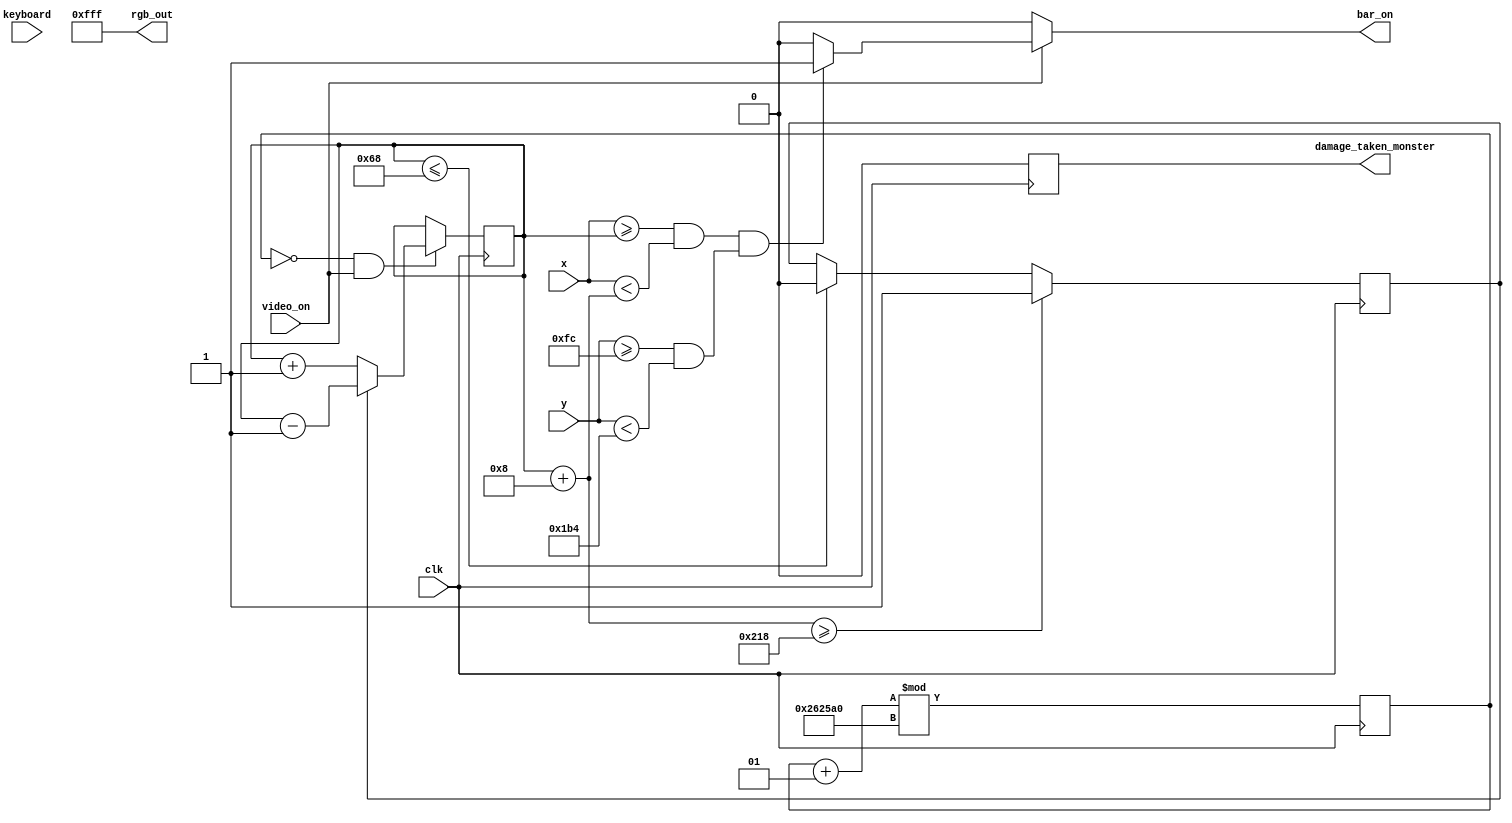
`timescale 1ns / 1ps
//////////////////////////////////////////////////////////////////////////////////
// Company: 
// Engineer: 
// 
// Design Name: 
// Module Name: bullet
// Project Name: 
// Target Devices: 
// Tool Versions: 
// Description: 
// 
// Dependencies: 
// 
// Revision:
// Revision 0.01 - File Created
// Additional Comments:
// 
//////////////////////////////////////////////////////////////////////////////////


module movable_bar(
        input wire clk,                 // input clock signal for synchronous ROMs
        input [7:0] keyboard,
        input wire video_on,            // input from vga_sync signaling when video signal is on
        input wire [9:0] x, y,
        output reg damage_taken_monster,
        output reg [11:0] rgb_out,      // output rgb signal for current pixel
        output reg bar_on            // output signal asserted when vga x/y pixel is within platform location in display area
    );
    
    wire [11:0] move_bar_data;
	
	reg [11:0] green_screen = 12'b011011011110;
	
    
	
	reg [9:0] top_left_x = 104 ;
	reg [9:0] top_left_y = 252 ;
	//integer bot_right_x = top_left_x + 32;
	
	reg [9:0] bot_right_x;
	reg [9:0] bot_right_y;
	/////////////////////
	/*
	always @ (posedge video_on) begin
	   top_left_x = 104;
	   top_left_y = 252;
	end
	*/
	///////////////////////
	always @ (*) begin
	
	bot_right_x <= top_left_x + 8;
	bot_right_y <= top_left_y + 184; // <= to y
	
	end
	reg direction =0;
	always@ (posedge clk) begin
	   direction = (bot_right_x >= 536) ? 1 :
	               (top_left_x <= 104) ? 0 :
	               direction ;
	   end
	   
	integer move = 0;
	always @ (posedge clk) begin
	       move = (move + 1) % 2500000;
	end
	
	always @ (posedge clk) begin
	   if (move == 0 && video_on) begin
	   top_left_x = (direction == 0) ? top_left_x + 1 : top_left_x - 1 ;
	   end
	end
	
	
	
	always@ (posedge clk) begin
	   damage_taken_monster =0;
	   if (video_on)begin
	       if (keyboard == 8'h20) begin
	       //////red
	           if (top_left_x >=8+104 && top_left_x <=25+104) begin
	               damage_taken_monster = 20;
	           end
	           else if (bot_right_x >=406+104 && bot_right_x <=423+104) begin
	               damage_taken_monster = 20;
	           end
	           //////////////orange
	           else if (top_left_x >=79+104 && top_left_x <=103+104) begin
	               damage_taken_monster = 40;
	           end
	           else if (bot_right_x >=328+104 && bot_right_x <=352+104) begin
	               damage_taken_monster = 40;
	           end
	           ///////////////green
	           else if (top_left_x >=195+104 && top_left_x <=236+104) begin
	               damage_taken_monster = 60;
	           end
	           ////// blue
	           else begin
	               damage_taken_monster =10;
	           end
	           
	       end
	   end
	end
	
    always @*
		begin
		bar_on = 0;

		rgb_out = 12'b111111111111;
		
		if(video_on)begin
		      if ((x>=top_left_x && x<bot_right_x) && (y>=top_left_y && y<bot_right_y)) begin
		          /*row = y-top_left_y;
		          col = x-top_left_x;*/
		          rgb_out = 12'b111111111111;
		          bar_on = 1;
				  
			 end
	       end
	   end
    
endmodule